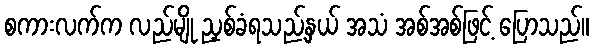
စကားလက်က လည်မျို ညှစ်ခံရသည့်နှယ် အသံ အစ်အစ်ဖြင့် ပြောသည်။